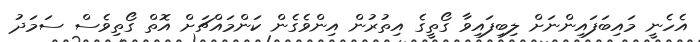
އެހެނީ މައިބަފައިންނަށް ލިބިފައިވާ ގޯތީގެ އިތުރުން އިންވެގެން ކަންމައްޗަށް އޮތް ގޯތިވެސް ސަމަދު